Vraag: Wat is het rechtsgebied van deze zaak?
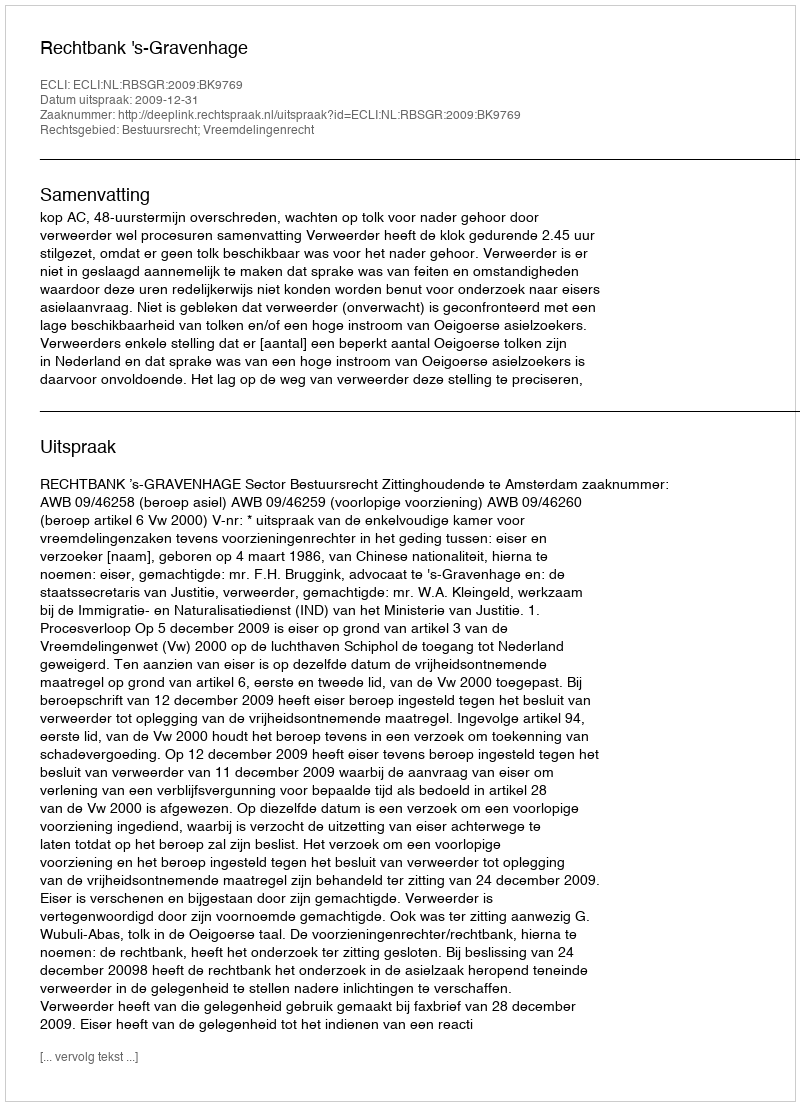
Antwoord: Bestuursrecht; Vreemdelingenrecht